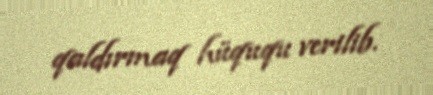
qaldırmaq hüququ verilib.